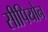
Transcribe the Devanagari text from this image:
सीपियोन